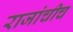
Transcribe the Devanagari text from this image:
राजांचीच